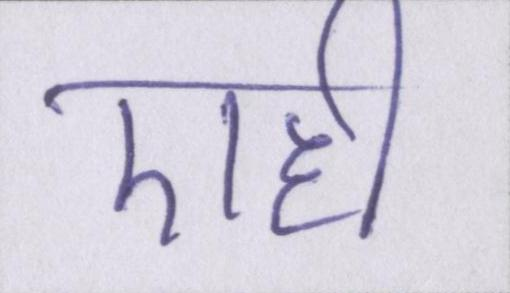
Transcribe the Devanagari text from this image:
एही